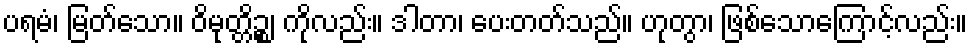
ပရမံ၊ မြတ်သော။ ဝိမုတ္တိဉ္စ၊ ကိုလည်း။ ဒါတာ၊ ပေးတတ်သည်။ ဟုတွာ၊ ဖြစ်သောကြောင့်လည်း။